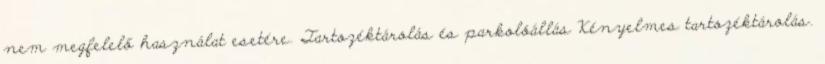
nem megfelelő használat esetére. Tartozéktárolás és parkolóállás Kényelmes tartozéktárolás.